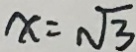
x = \sqrt { 3 }